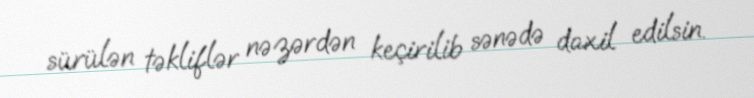
sürülən təkliflər nəzərdən keçirilib sənədə daxil edilsin.